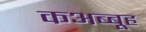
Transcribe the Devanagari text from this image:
कअब्बूह